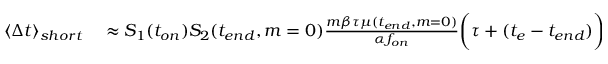
\begin{array} { r l } { \langle \Delta t \rangle _ { s h o r t } } & { { } \approx S _ { 1 } ( t _ { o n } ) S _ { 2 } ( t _ { e n d } , m = 0 ) \frac { m \beta \tau \mu ( t _ { e n d } , m = 0 ) } { \alpha f _ { o n } } \bigg ( \tau + ( t _ { e } - t _ { e n d } ) \bigg ) . } \end{array}